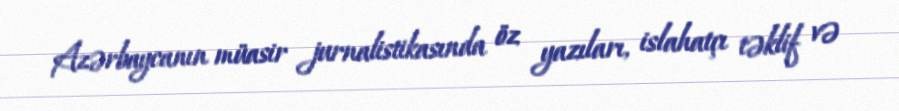
Azərbaycanın müasir jurnalistikasında öz yazıları, islahatçı təklif və